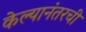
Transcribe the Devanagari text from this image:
केल्यानंतरची